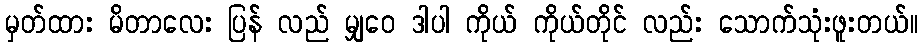
မှတ်ထား မိတာလေး ပြန် လည် မျှဝေ ဒါပါ ကိုယ် ကိုယ်တိုင် လည်း သောက်သုံးဖူးတယ်။